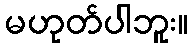
မဟုတ်ပါဘူး။